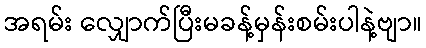
အရမ်း လျှောက်ပြီးမခန့်မှန်းစမ်းပါနဲ့ဗျာ။